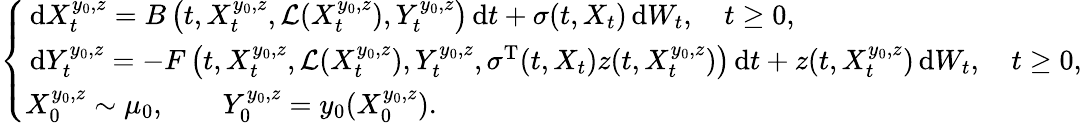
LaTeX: \left\{ \begin{array}{ll}{\, \mathrm{d}X_{t}^{y_{0},z}=B\left(t,X_{t}^{y_{0},z},\mathcal{L}(X_{t}^{y_{0},z}),Y_{t}^{y_{0},z}\right)\, \mathrm{d}t+\sigma(t,X_{t})\, \mathrm{d}W_{t},\quad t\ge 0,}\\ {\, \mathrm{d}Y_{t}^{y_{0},z}=-F\left(t,X_{t}^{y_{0},z},\mathcal{L}(X_{t}^{y_{0},z}),Y_{t}^{y_{0},z},\sigma^{\operatorname{T}}(t,X_{t})z(t,X_{t}^{y_{0},z})\right)\, \mathrm{d}t+z(t,X_{t}^{y_{0},z})\, \mathrm{d}W_{t},\quad t\ge 0,}\\ {X_{0}^{y_{0},z}\sim\mu_{0},\qquad Y_{0}^{y_{0},z}=y_{0}(X_{0}^{y_{0},z}).}\end{array}\right.